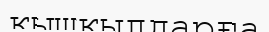
қышқылдарға